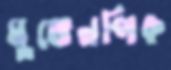
মুভেনপিক